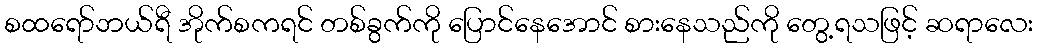
စထရော်ဘယ်ရီ အိုက်စကရင် တစ်ခွက်ကို ပြောင်နေအောင် စားနေသည်ကို တွေ့ရသဖြင့် ဆရာလေး